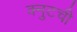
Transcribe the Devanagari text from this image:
क्नुटची